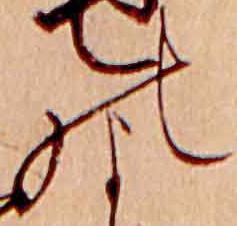
の